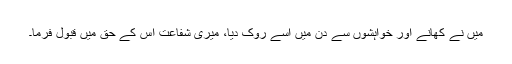
میں نے کھانے اور خواہشوں سے دن میں اسے روک دیا، میری شفاعت اُس کے حق میں قبول فرما۔